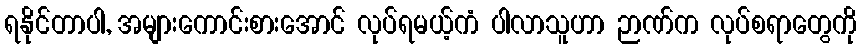
ရနိုင်တာပါ, အများကောင်းစားအောင် လုပ်ရမယ့်ကံ ပါလာသူဟာ ဉာဏ်က လုပ်စရာတွေကို